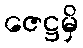
ဇေဋ္ဌမှိ